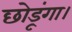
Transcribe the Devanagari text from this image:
छोडूंगा।